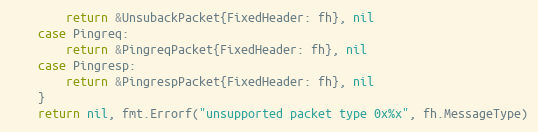
Language: Go
		return &UnsubackPacket{FixedHeader: fh}, nil
	case Pingreq:
		return &PingreqPacket{FixedHeader: fh}, nil
	case Pingresp:
		return &PingrespPacket{FixedHeader: fh}, nil
	}
	return nil, fmt.Errorf("unsupported packet type 0x%x", fh.MessageType)